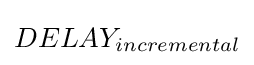
{\textstyle DELAY_{incremental}}